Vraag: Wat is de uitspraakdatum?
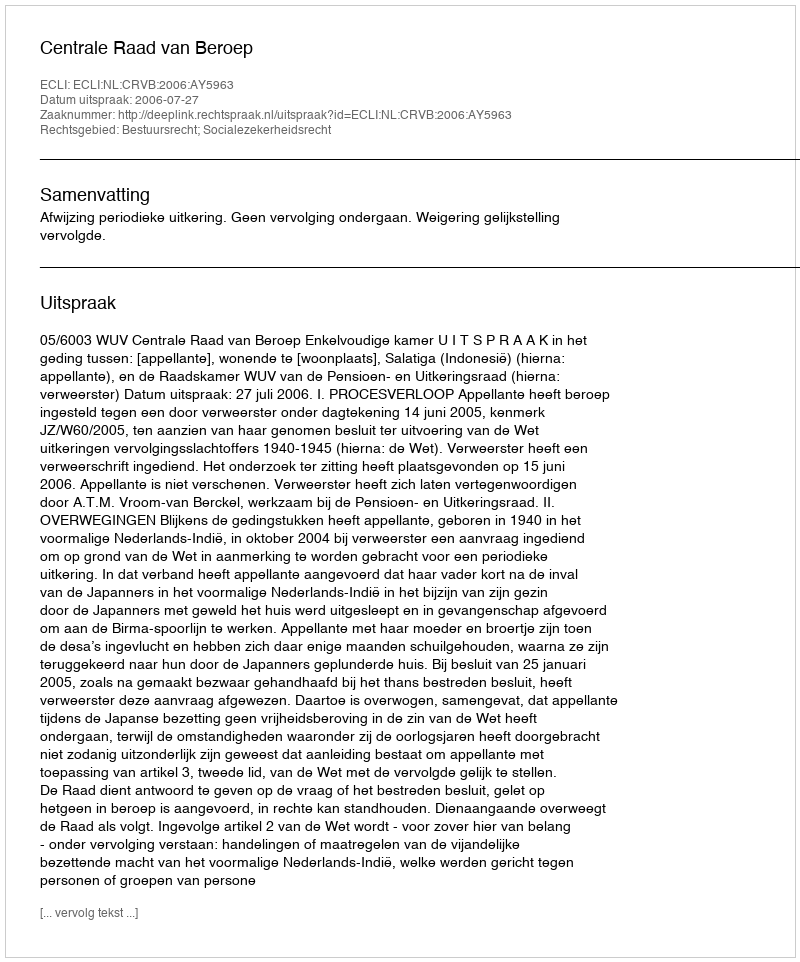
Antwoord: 2006-07-27